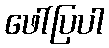
ဖေါ်ပြပါ